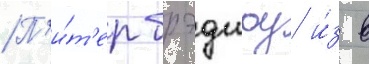
П'и́т'ер брэдшоу и́з в